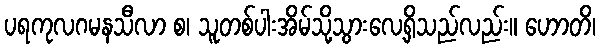
ပရကုလဂမနသီလာ စ၊ သူတစ်ပါးအိမ်သို့သွားလေ့ရှိသည်လည်း။ ဟောတိ၊